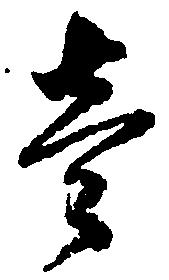
壱